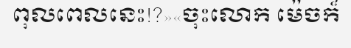
ពុលពេលនេះ!?»«ចុះលោក ម៉េចក៏